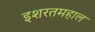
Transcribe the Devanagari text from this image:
इशरतमहाल